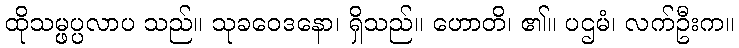
ထိုသမ္ဖပ္ပလာပ သည်။ သုခဝေဒနော၊ ရှိသည်။ ဟောတိ၊ ၏။ ပဌမံ၊ လက်ဦးက။